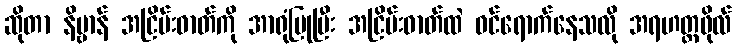
ဆိုတာ နိဗ္ဗာန် အငြိမ်းဓာတ်ကို အာရုံပြုပြီး အငြိမ်းဓာတ်ထဲ ဝင်ရောက်နေသလို အရဟတ္တဖိုလ်